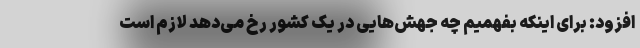
افزود: برای اینکه بفهمیم چه جهش‌هایی در یک کشور رخ می‌دهد لازم است